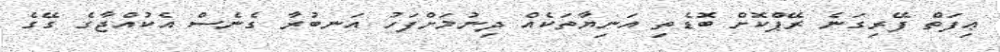
ޢިފަތް ފޭރިގަނެ ރޭޕްކޮށް ބޮޑެތި އަނިޔާތަކެއް ދިނުމަށްފަހު އަނބުރާ ގެނެސް އެކުއްޖާގެ ގޭގެ